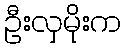
ဦးလှမိုးက